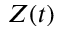
Z ( t )